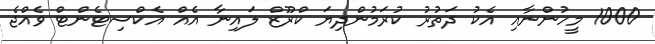
1000 މީހުންނާއި އެކު ދަތުރު ކުރަމުންދިޔަ ކްރޫޒް ލައިނާ އެއް އެކްސިޓެންޓް ވެއްޖެ